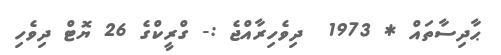
ޙާދިސާތައް * 1973  ދިވެހިރާއްޖެ :- ގްރީކްގެ 26 ޔޮޓް ދިވެހި